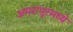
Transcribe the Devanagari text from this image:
अमरापूरमध्ये